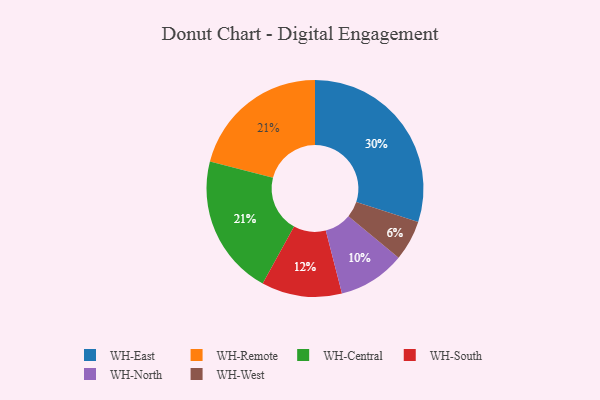
{"axis": {"x": "Category", "y": "Percentage"}, "legend": ["WH-Central", "WH-East", "WH-North", "WH-Remote", "WH-South", "WH-West"], "data": [{"x": "WH-Remote", "y": 21, "type": "WH-Remote"}, {"x": "WH-South", "y": 12, "type": "WH-South"}, {"x": "WH-Central", "y": 21, "type": "WH-Central"}, {"x": "WH-North", "y": 10, "type": "WH-North"}, {"x": "WH-East", "y": 30, "type": "WH-East"}, {"x": "WH-West", "y": 6, "type": "WH-West"}]}